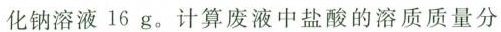
化钠溶液16g。计算废液中盐酸的溶质质量分